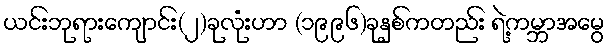
ယင်းဘုရားကျောင်း(၂)ခုလုံးဟာ (၁၉၉၆)ခုနှစ်ကတည်း ရဲ့ကမ္ဘာအမွေ